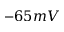
- 6 5 m V